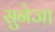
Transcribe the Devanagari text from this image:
सुनेजा